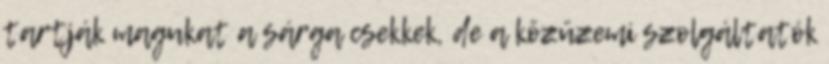
tartják magukat a sárga csekkek, de a közüzemi szolgáltatók